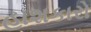
હાશકારો